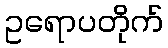
ဥရောပတိုက်